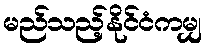
မည်သည့်နိုင်ငံကမျှ